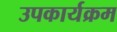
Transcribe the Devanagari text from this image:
उपकार्यक्रम